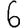
Digit: 6